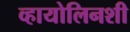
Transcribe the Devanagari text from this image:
व्हायोलिनशी